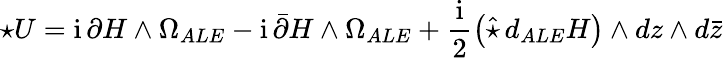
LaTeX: \star U=\mathrm{i}\, \partial H\wedge\Omega_{ALE}-\mathrm{i}\, \bar{\partial}H\wedge\Omega_{ALE}+\frac{\mathrm{i}}{2}\left(\hat{\star}\, d_{ALE}H\right)\wedge dz\wedge d\bar{z}